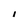
Character: I